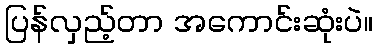
ပြန်လှည့်တာ အကောင်းဆုံးပဲ။